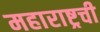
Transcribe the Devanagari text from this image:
महाराष्ट्रची